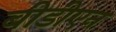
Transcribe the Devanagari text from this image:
बीडीएन